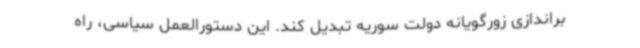
براندازی زورگویانه دولت سوریه تبدیل کند. این دستورالعمل سیاسی، راه